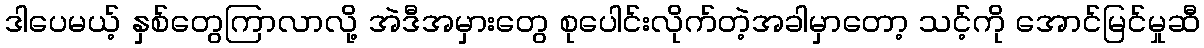
ဒါပေမယ့် နှစ်တွေကြာလာလို့ အဲဒီအမှားတွေ စုပေါင်းလိုက်တဲ့အခါမှာတော့ သင့်ကို အောင်မြင်မှုဆီ